Vaccination in the Punjab 1919-1929 - 1919-1929
Year: 1919
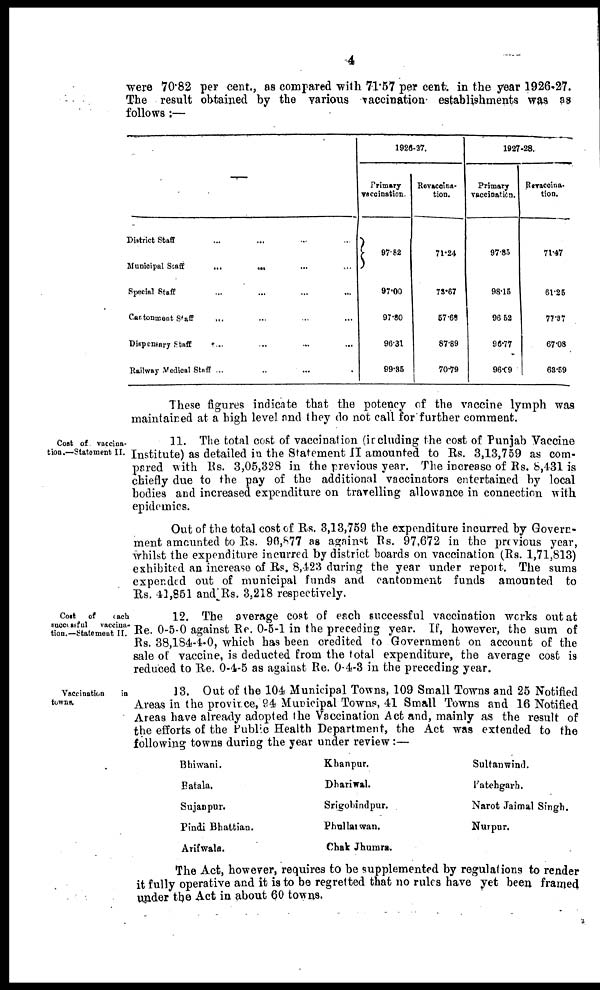
4
were 70.82 per cent., as compared with 71.57 per cent. in the year 1926-27.
The result obtained by the various vaccination establishments was as
follows :—
—
District Staff ... ... ... ...
Municipal Staff
...
... ... ...
Special Staff ... ... ... ...
Cantonment Staff ... ... ... ...
Dispensary Staff
... ... ... ...
Railway Medical Staff ... ... ...
1926-37.
Primary
vaccination.
97.82
97.00
97.80
96.31
99.35
Revaccina¬
tion.
71.24
73.67
57.68
87.89
70.79
1927-28.
Primary
vaccination.
97.85
98.15
96.52
96.77
96.09
Revaccina¬
tion.
71.47
61.25
77.37
67.08
63.59
These figures indicate that the potency of the vaccine lymph was
maintained at a high level and they do not call for further comment.
Cost of vaccina-
tion.—Statement II.
11. The total cost of vaccination (including the cost of Punjab Vaccine
Institute) as detailed in the Statement II amounted to Rs. 3,13,759 as com-
pared with Rs. 3,05,328 in the previous year. The increase of Rs. 8,431 is
chiefly due to the pay of the additional vaccinators entertained by local
bodies and increased expenditure on travelling allowance in connection with
epidemics.
Out of the total cost of Rs. 3,13,759 the expenditure incurred by Govern-
ment amounted to Rs. 96,877 as against Rs. 97,672 in the previous year,
whilst the expenditure incurred by district boards on vaccination (Rs. 1,71,813)
exhibited an increase of Rs. 8,423 during the year under report. The sums
expended out of municipal funds and cantonment funds amounted to
Rs. 43,851 and Rs. 3,218 respectively.
Cost
of
each
successful
vaccina-
tion.—Statement II.
12. The average cost of each successful vaccination works out at
Re. 0-5-0 against Re. 0-5-1 in the preceding year. If, however, the sum of
Rs. 38,184-4-0, which has been credited to Government on account of the
sale of vaccine, is deducted from the total expenditure, the average cost is
reduced to Re. 0-4-5 as against Re. 0-4-3 in the preceding year.
Vaccination
in
towns.
13. Out of the 104 Municipal Towns, 109 Small Towns and 25 Notified
Areas in the province, 94 Municipal Towns, 41 Small Towns and 16 Notified
Areas have already adopted the Vaccination Act and, mainly as the result of
the efforts of the Public Health Department, the Act was extended to the
following towns during the year under review :—
Bhiwani.
Batala.
Sujarjpur.
Pindi Bhattian.
Arifwala.
Khanpur.
Dhariwal.
Srigobindpur.
Phullaiwan.
Chak Jhumra.
Sultanwind.
Fatehgarh.
Narot Jaimal Singh.
Nurpar.
The Act, however, requires to be supplemented by regulations to render
it fully operative and it is to be regretted that no rules have yet been framed
under the Act in about 60 towns.